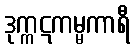
ဒုက္ကဋကမ္မကာရီ